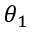
\theta _ { 1 }